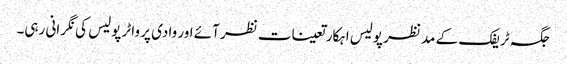
جگہ ٹریفک کے مد نظر پولیس اہکار تعینات نظر آئے اور وادی پر واٹر پولیس کی نگرانی رہی۔